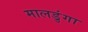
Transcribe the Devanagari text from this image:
मालडुंगा